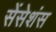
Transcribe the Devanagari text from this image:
सेंसेशंस